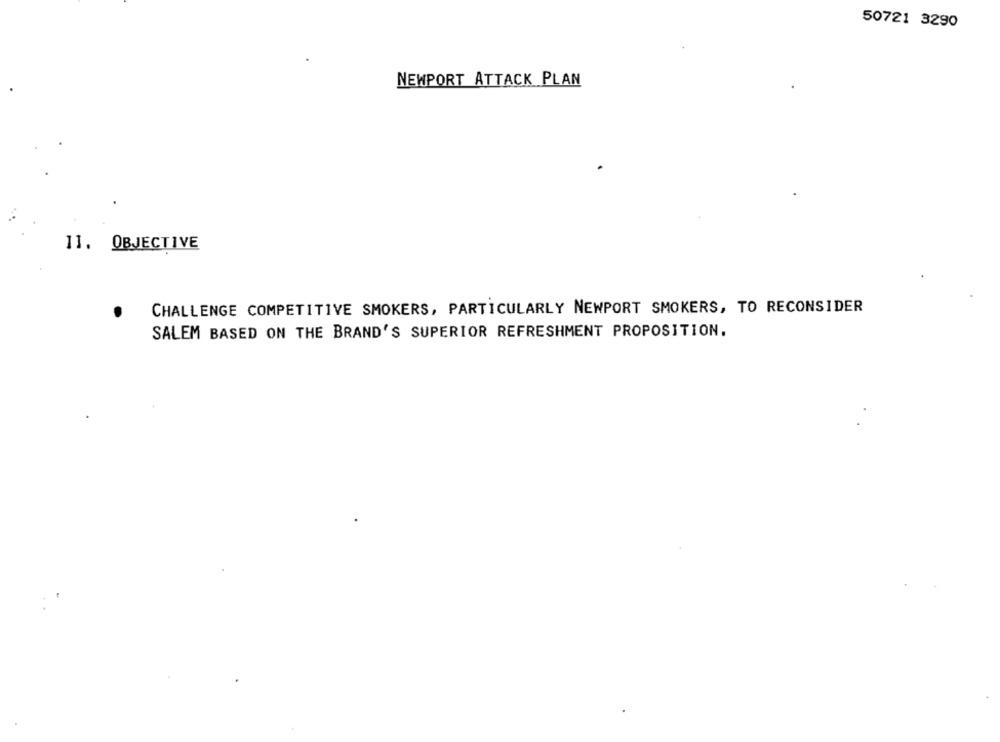
50721 3290
NEWPORT ATTACK PLAN
11. OBJECTIVE
CHALLENGE COMPETITIVE SMOKERS, PARTICULARLY NEWPORT SMOKERS, TO RECONSIDER
SALEM BASED ON THE BRAND'S SUPERIOR REFRESHMENT PROPOSITION.